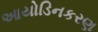
આયોડિનકરણ